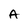
Character: A